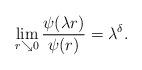
LaTeX: \begin{align*}\lim_{r\searrow 0} \frac{\psi(\lambda r)}{\psi(r)} = \lambda^\delta.\end{align*}